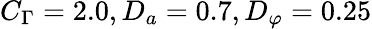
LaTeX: C_{\Gamma}=2.0,D_{a}=0.7,D_{\varphi}=0.25